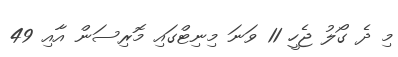
މި ދެ ގޯލު ޖެހީ 11 ވަނަ މިނިޓްގައި މޮރިސަން އާއި 49